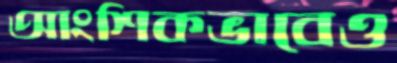
আংশিকভাবেও